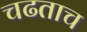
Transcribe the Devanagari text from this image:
चढताच